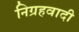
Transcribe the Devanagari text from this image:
निग्रहवादी